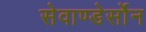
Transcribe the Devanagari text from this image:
सेवाण्डेर्सोन